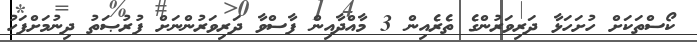
ކޯސްތަކަށް ހުށަހަޅާ ދަރިވަރުންގެ ތެރެއިން 3 މާއްދާއިން ފާސްވާ ދަރިވަރުންނަށް ފުރުޞަތު ދިނުމަށްފަހު